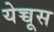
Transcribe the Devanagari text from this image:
येच्चूस